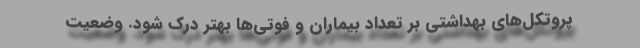
پروتکل‌های بهداشتی بر تعداد بیماران و فوتی‌ها بهتر درک شود. وضعیت